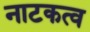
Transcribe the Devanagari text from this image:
नाटकत्व